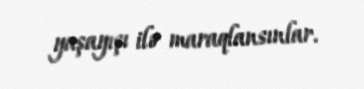
yaşayışı ilə maraqlansınlar.